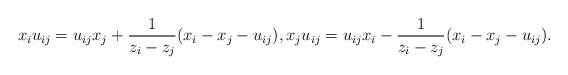
LaTeX: \begin{gather*}x_i u_{ij}=u_{ij} x_j + {1 \over z_i - z_j} (x_i-x_j-u_{ij}), x_j u_{ij}=u_{ij} x_i - {1 \over z_i - z_j} (x_i-x_j-u_{ij}).\end{gather*}